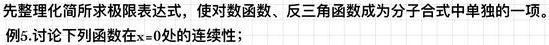
先整理化简所求极限表达式，使对数函数、反三角函数成为分子合式中单独的一项。
例5.讨论下列函数在\(x = 0\)处的连续性；